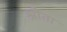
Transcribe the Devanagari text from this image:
श्रौता